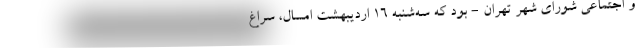
و اجتماعی شورای شهر تهران - بود که سه‌شنبه ۱۶ اردیبهشت امسال، سراغ